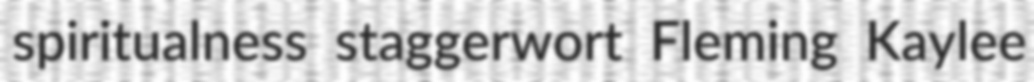
spiritualness staggerwort Fleming Kaylee